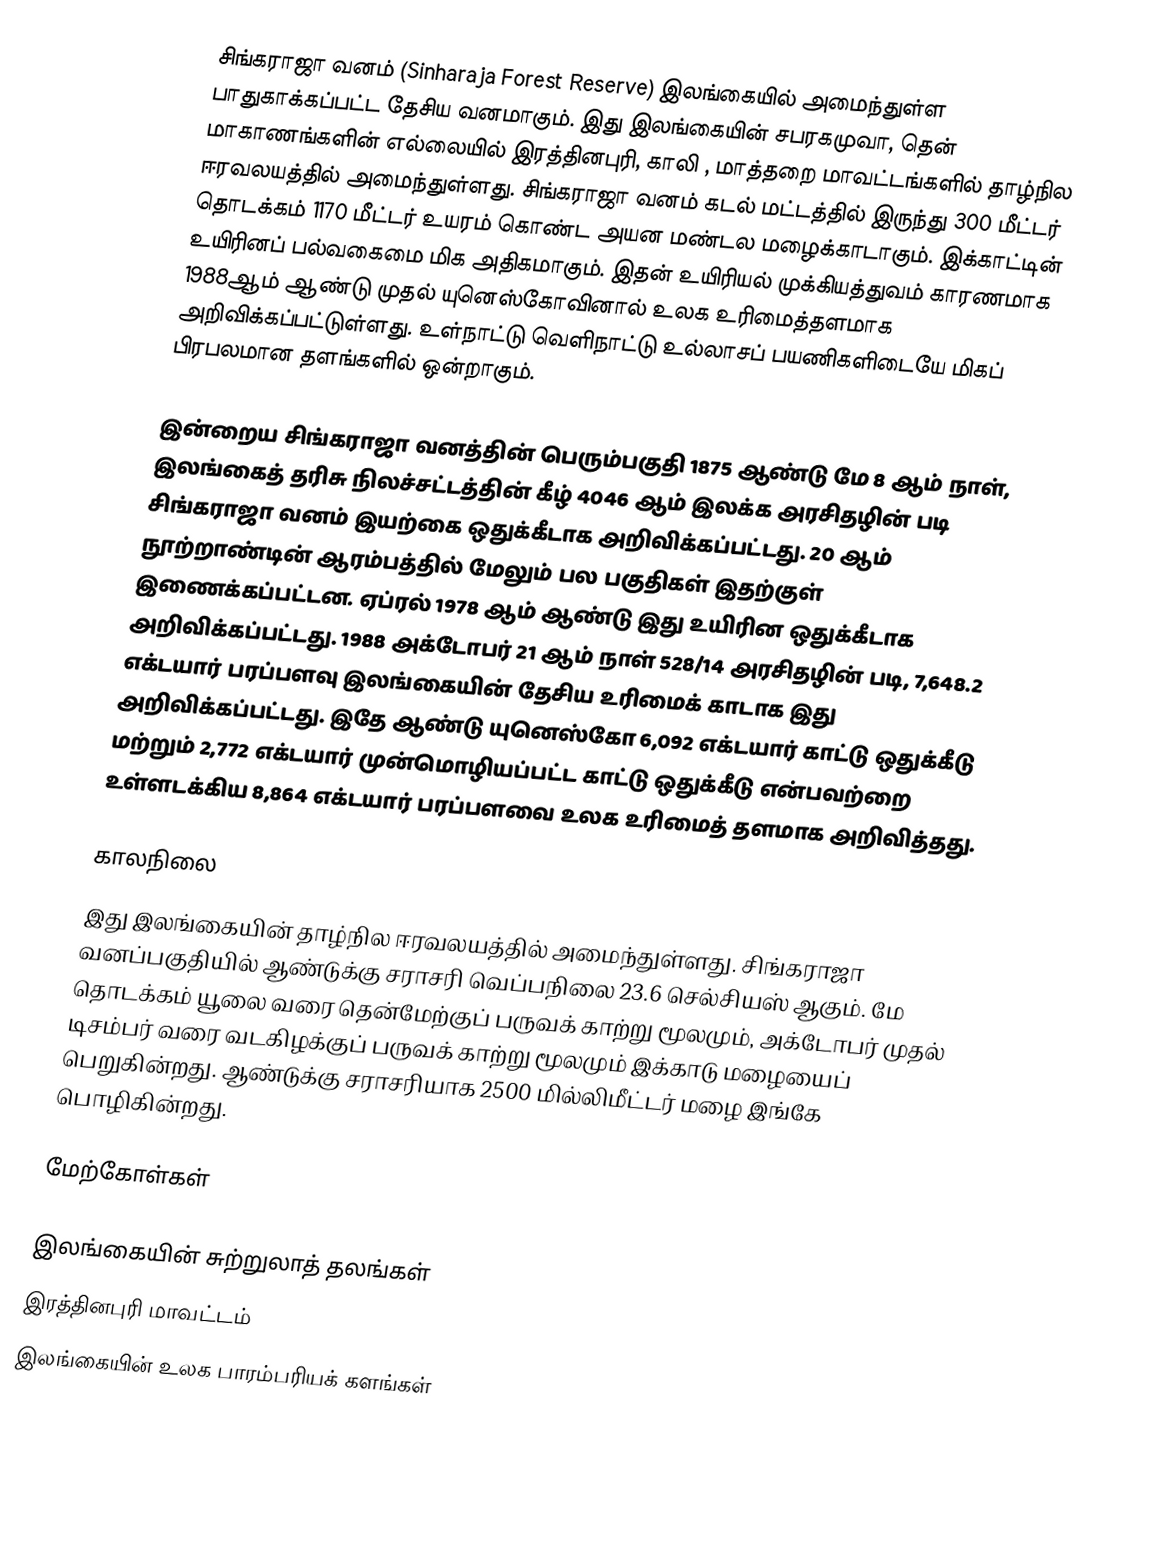
சிங்கராஜா வனம் (Sinharaja Forest Reserve) இலங்கையில் அமைந்துள்ள பாதுகாக்கப்பட்ட தேசிய வனமாகும். இது இலங்கையின் சபரகமுவா, தென் மாகாணங்களின் எல்லையில் இரத்தினபுரி, காலி , மாத்தறை மாவட்டங்களில் தாழ்நில ஈரவலயத்தில் அமைந்துள்ளது. சிங்கராஜா வனம் கடல் மட்டத்தில் இருந்து 300 மீட்டர் தொடக்கம் 1170 மீட்டர் உயரம் கொண்ட அயன மண்டல மழைக்காடாகும். இக்காட்டின் உயிரினப் பல்வகைமை மிக அதிகமாகும். இதன் உயிரியல் முக்கியத்துவம் காரணமாக 1988ஆம் ஆண்டு முதல் யுனெஸ்கோவினால் உலக உரிமைத்தளமாக அறிவிக்கப்பட்டுள்ளது. உள்நாட்டு வெளிநாட்டு உல்லாசப் பயணிகளிடையே மிகப் பிரபலமான தளங்களில் ஒன்றாகும்.

இன்றைய சிங்கராஜா வனத்தின் பெரும்பகுதி 1875 ஆண்டு மே 8 ஆம் நாள், இலங்கைத் தரிசு நிலச்சட்டத்தின் கீழ் 4046 ஆம் இலக்க அரசிதழின் படி சிங்கராஜா வனம் இயற்கை ஒதுக்கீடாக அறிவிக்கப்பட்டது. 20 ஆம் நூற்றாண்டின் ஆரம்பத்தில் மேலும் பல பகுதிகள் இதற்குள் இணைக்கப்பட்டன. ஏப்ரல் 1978 ஆம் ஆண்டு இது உயிரின ஒதுக்கீடாக அறிவிக்கப்பட்டது. 1988 அக்டோபர் 21 ஆம் நாள் 528/14 அரசிதழின் படி, 7,648.2 எக்டயார் பரப்பளவு இலங்கையின் தேசிய உரிமைக் காடாக இது அறிவிக்கப்பட்டது. இதே ஆண்டு யுனெஸ்கோ 6,092 எக்டயார் காட்டு ஒதுக்கீடு மற்றும் 2,772 எக்டயார் முன்மொழியப்பட்ட காட்டு ஒதுக்கீடு  என்பவற்றை உள்ளடக்கிய 8,864 எக்டயார் பரப்பளவை உலக உரிமைத் தளமாக அறிவித்தது.

காலநிலை
இது இலங்கையின் தாழ்நில ஈரவலயத்தில் அமைந்துள்ளது. சிங்கராஜா வனப்பகுதியில் ஆண்டுக்கு சராசரி வெப்பநிலை 23.6 செல்சியஸ் ஆகும். மே தொடக்கம் யூலை வரை தென்மேற்குப் பருவக் காற்று மூலமும், அக்டோபர் முதல் டிசம்பர் வரை வடகிழக்குப் பருவக் காற்று மூலமும்  இக்காடு  மழையைப் பெறுகின்றது. ஆண்டுக்கு சராசரியாக 2500 மில்லிமீட்டர் மழை இங்கே பொழிகின்றது.

மேற்கோள்கள்

இலங்கையின் சுற்றுலாத் தலங்கள்
இரத்தினபுரி மாவட்டம்
இலங்கையின் உலக பாரம்பரியக் களங்கள்